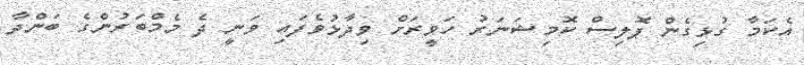
އެކަމާ ގުޅިގެން ޕޮލިސް ކޮމިޝަނަރު ހަވީރަށް ވިދާޅުވެފައި ވަނީ ދެ މެމްބަރުންގެ ބަންދާ